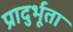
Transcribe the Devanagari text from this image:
प्रादुर्भूता